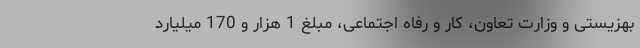
بهزیستی و وزارت تعاون، کار و رفاه اجتماعی، مبلغ 1 هزار و 170 میلیارد